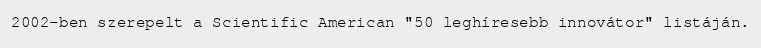
2002-ben szerepelt a Scientific American "50 leghíresebb innovátor" listáján.